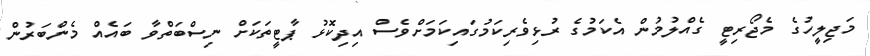
މަޖިލީހުގެ މެޖޯރިޓީ ގެއްލުމުން އެކަމުގެ ރުޅިވެރިކަމުގައިކަމަށްވެސް އިދިކޮޅު ޕާޓީތަކަށް ނިސްބަތްވާ ބައެއް މެންބަރުން